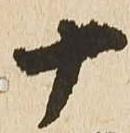
十